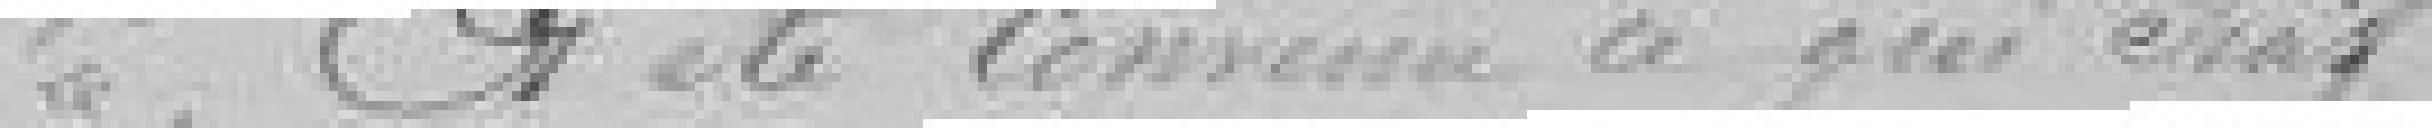
A été convenu ce qui suit :